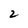
Character: 2